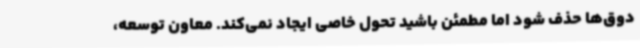
دوق‌ها حذف شود اما مطمئن باشید تحول خاصی ایجاد نمی‌کند. معاون توسعه،